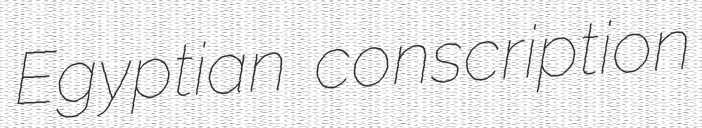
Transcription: Egyptian conscription